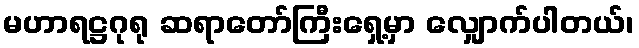
မဟာရဋ္ဌဂုရု ဆရာတော်ကြီးရှေ့မှာ လျှောက်ပါတယ်၊